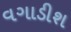
વગાડીશ